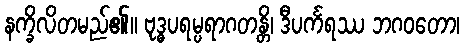
နက္ခိလိတမည်၏။ ဗုဒ္ဓပရမ္ပရာဂတန္တိ၊ ဒီပင်္ကရဿ ဘဂဝတော၊